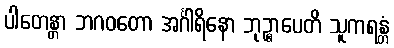
ပါတေန္တာ ဘဂဝတော အင်္ဂါရိနော ဘုဉ္ဇာပေတိ သူကရန္တံ